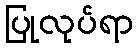
ပြုလုပ်ရာ